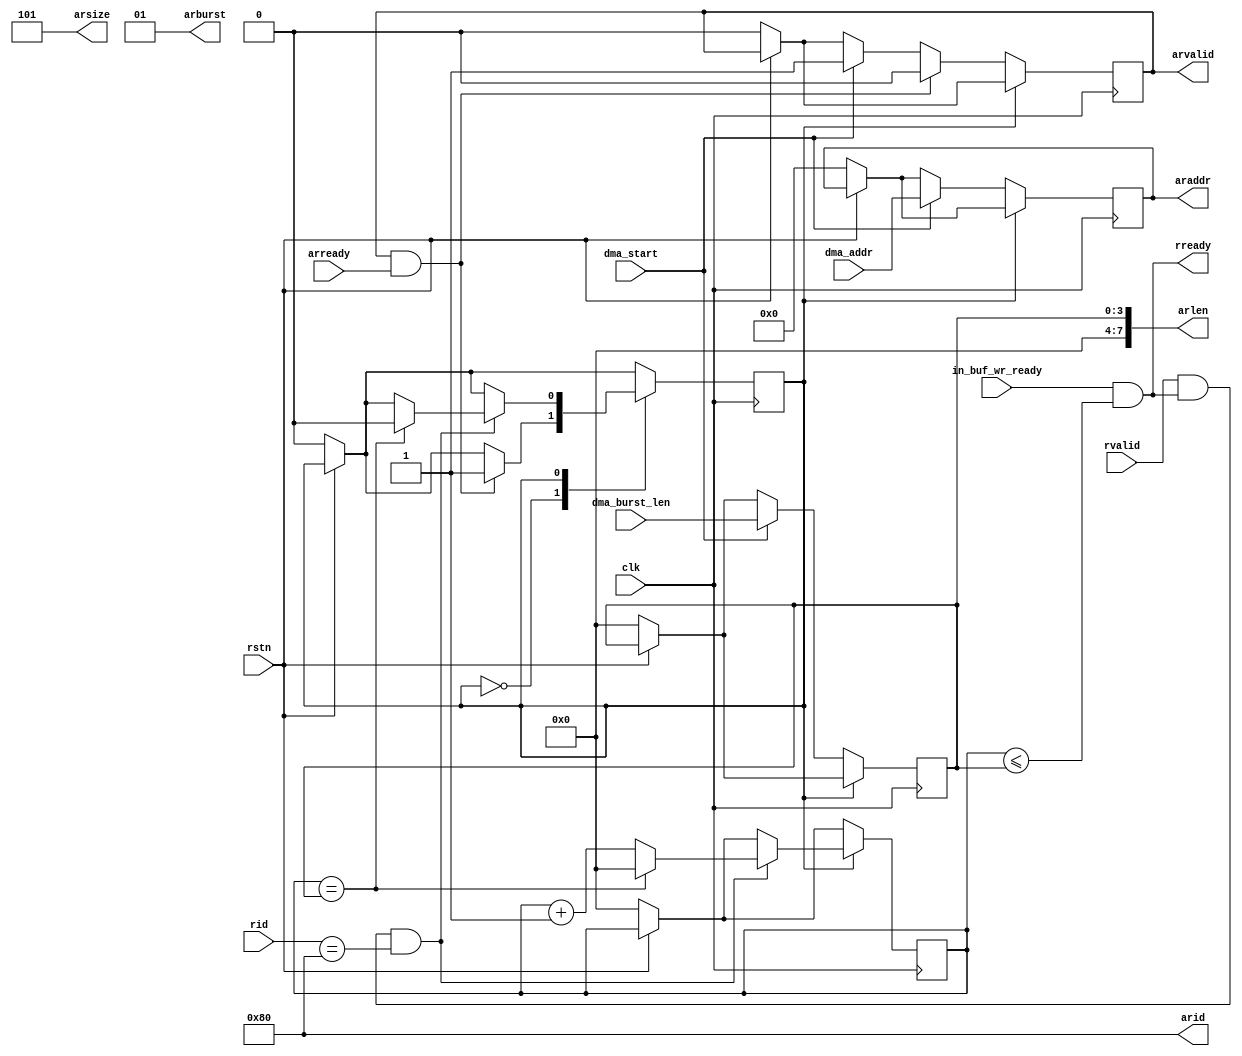
module in_dma #(
    parameter ADDR_WIDTH = 32,
    parameter DATA_WIDTH = 256,
    parameter ID_WIDTH = 8,
    parameter ID = 8'h80
)(
    input clk,
    input rstn,

    input [31:0] dma_addr,
    input [3:0] dma_burst_len,
    input dma_start,

    input in_buf_wr_ready,

    output  [ID_WIDTH-1:0]    arid,
    output  [ADDR_WIDTH-1:0]  araddr,
    output  [7:0]             arlen,
    output  [2:0]             arsize,
    output  [1:0]             arburst,
    output                    arvalid,
    input                     arready,
    input   [ID_WIDTH-1:0]    rid,
    input                     rvalid,
    output                    rready
);

    localparam TRANS_ADDR = 1'b0;
    localparam TRANS_DATA = 1'b1;
    reg state;

    reg arvalid_reg;
    reg [3:0] arlen_reg;
    reg [ADDR_WIDTH-1:0] araddr_reg;

    reg [3:0] burst_cnt;
    always @(posedge clk) begin
        if (~rstn) begin
            state <= TRANS_ADDR;
            arvalid_reg <= 1'b0;
            araddr_reg <= 32'b0;
            arlen_reg <= 4'b0;
            burst_cnt <= 4'b0;

        end
        case (state)
            TRANS_ADDR: begin
                if (dma_start) begin
                    arvalid_reg <= 1'b1;
                    araddr_reg <= dma_addr;
                    arlen_reg <= dma_burst_len;
                end
                if (arvalid & arready) begin
                    arvalid_reg <= 1'b0;
                    state <= TRANS_DATA;
                end
            end

            TRANS_DATA: begin
                if (rvalid & rready & rid == ID) begin
                    if (burst_cnt == arlen_reg) begin
                        state <= TRANS_ADDR;
                        burst_cnt <= 0;
                    end
                    else begin
                        burst_cnt <= burst_cnt + 1'b1;
                    end
                end
            end
        endcase
    end

    assign arid = ID;
    assign araddr = araddr_reg;
    assign arlen = arlen_reg;
    assign arsize = $clog2(DATA_WIDTH / 8);
    assign arburst = 2'b01;
    assign arvalid = arvalid_reg;
    assign rready = in_buf_wr_ready & burst_cnt <= arlen_reg;

endmodule